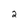
Character: 2